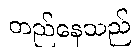
တည်နေသည်